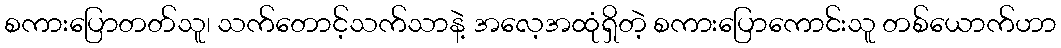
စကားပြောတတ်သူ၊ သက်တောင့်သက်သာနဲ့ အလေ့အထုံရှိတဲ့ စကားပြောကောင်းသူ တစ်ယောက်ဟာ